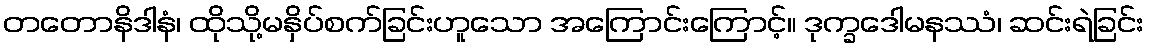
တတောနိဒါနံ၊ ထိုသို့မနှိပ်စက်ခြင်းဟူသော အကြောင်းကြောင့်။ ဒုက္ခဒေါမနဿံ၊ ဆင်းရဲခြင်း